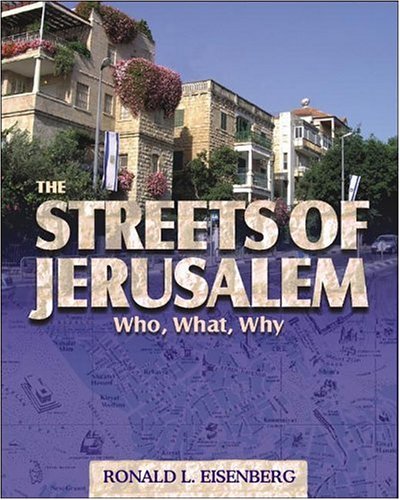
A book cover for The Streets of Jerusalem: Who, What and Why; Ronald L. Eisenberg; Travel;